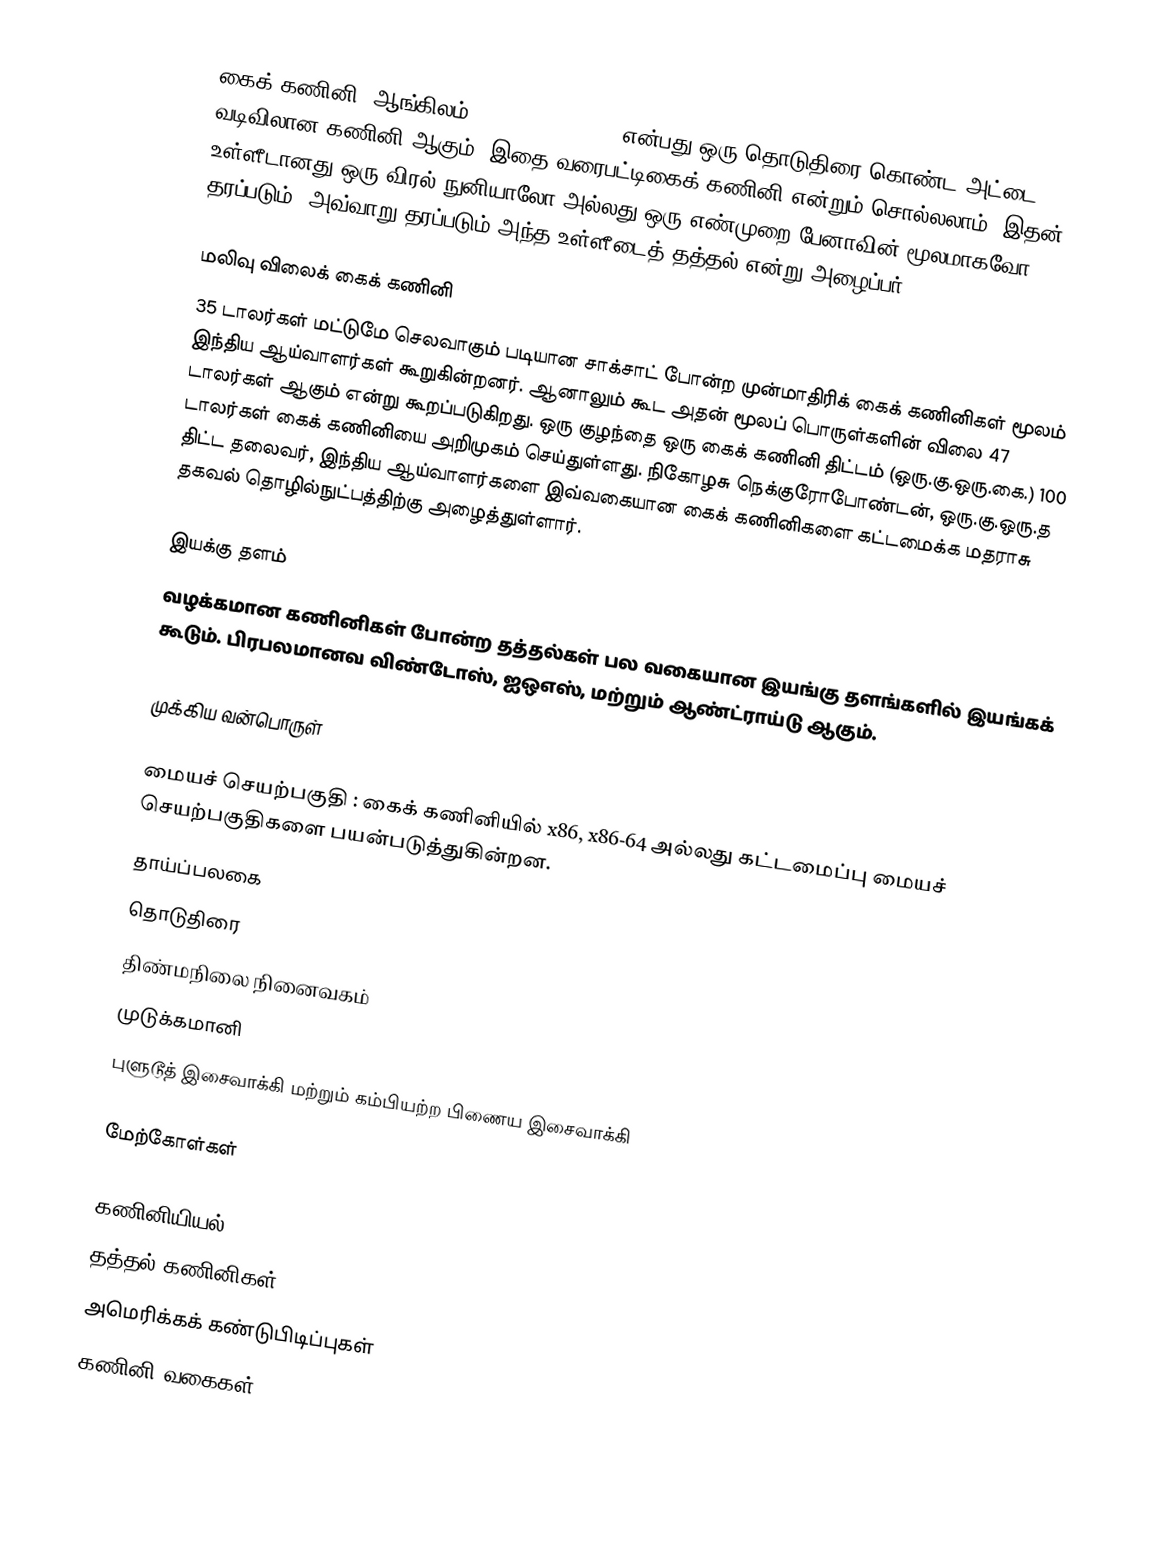
கைக் கணினி (ஆங்கிலம்: Tablet Computer) என்பது ஒரு தொடுதிரை கொண்ட அட்டை வடிவிலான கணினி ஆகும். இதை வரைபட்டிகைக் கணினி என்றும் சொல்லலாம். இதன் உள்ளீடானது ஒரு விரல் நுனியாலோ அல்லது ஒரு எண்முறை பேனாவின் மூலமாகவோ தரப்படும். அவ்வாறு தரப்படும் அந்த உள்ளீடைத் தத்தல் என்று அழைப்பர்.

மலிவு விலைக் கைக் கணினி
35 டாலர்கள் மட்டுமே செலவாகும் படியான சாக்சாட் போன்ற முன்மாதிரிக் கைக் கணினிகள் மூலம் இந்திய ஆய்வாளர்கள் கூறுகின்றனர். ஆனாலும் கூட அதன் மூலப் பொருள்களின் விலை 47 டாலர்கள் ஆகும் என்று கூறப்படுகிறது. ஒரு குழந்தை ஒரு கைக் கணினி திட்டம் (ஒரு.கு.ஒரு.கை.) 100 டாலர்கள் கைக் கணினியை அறிமுகம் செய்துள்ளது. நிகோழசு நெக்குரோபோண்டன், ஒரு.கு.ஒரு.த திட்ட தலைவர், இந்திய ஆய்வாளர்களை இவ்வகையான கைக் கணினிகளை கட்டமைக்க மதராசு தகவல் தொழில்நுட்பத்திற்கு அழைத்துள்ளார்.

இயக்கு தளம்
வழக்கமான கணினிகள் போன்ற தத்தல்கள் பல வகையான இயங்கு தளங்களில் இயங்கக் கூடும். பிரபலமானவ விண்டோஸ், ஐஒஎஸ், மற்றும் ஆண்ட்ராய்டு ஆகும்.

முக்கிய வன்பொருள்

 மையச் செயற்பகுதி : கைக் கணினியில்  x86, x86-64 அல்லது கட்டமைப்பு மையச் செயற்பகுதிகளை பயன்படுத்துகின்றன.
 தாய்ப்பலகை
 தொடுதிரை
 திண்மநிலை நினைவகம்
 முடுக்கமானி
 புளுடூத் இசைவாக்கி மற்றும் கம்பியற்ற பிணைய இசைவாக்கி

மேற்கோள்கள்

கணினியியல்
தத்தல் கணினிகள்
அமெரிக்கக் கண்டுபிடிப்புகள்
கணினி வகைகள்